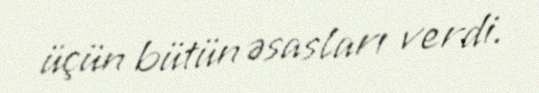
üçün bütün əsasları verdi.